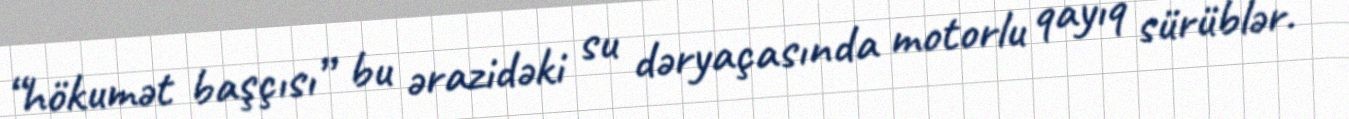
“hökumət başçısı” bu ərazidəki su dəryaçasında motorlu qayıq sürüblər.